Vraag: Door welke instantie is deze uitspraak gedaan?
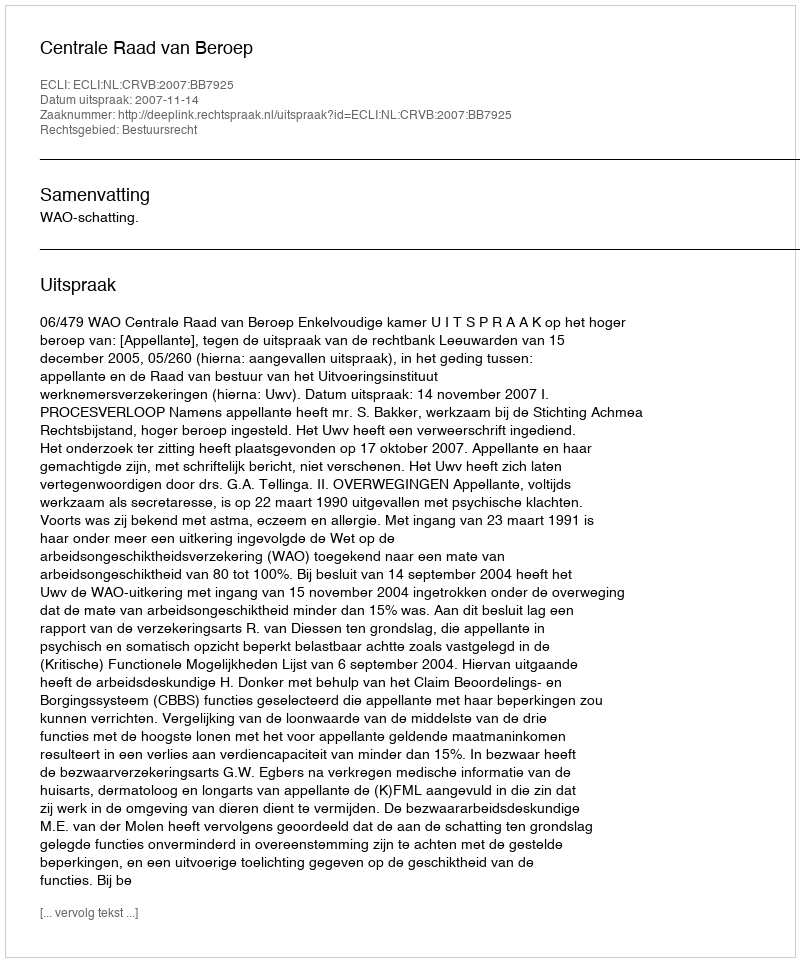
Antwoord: Centrale Raad van Beroep